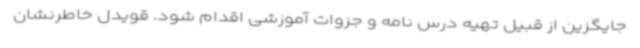
جایگزین از قبیل تهیه درس نامه و جزوات آموزشی اقدام شود. قویدل خاطرنشان